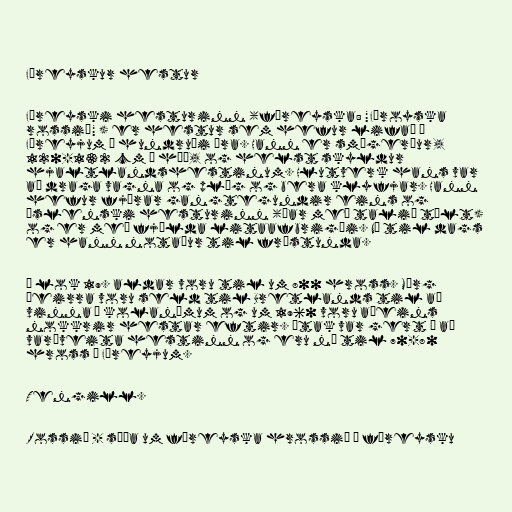
Færeyskur hestur

Færeyski hesturinn (færeyska: "Føroyska
rossið" ) er hestur sem hefur lifað í
Færeyjum í hundruði ára. Hann er smágerður,
120-132 cm á hæð, og helst skyldur
hjaltlandshestinum. Hlutverk hans var
að draga vagna og plóg og bera klyfjar. Hann
hefur fjórar gangtegundir eins og
íslenski hesturinn (þar með talið tölt)
og er með fjölda litaafbrigði. Nú til dags
er hann notaður til frístunda.

Í lok 19. aldar voru til um 800 hross. Mörg
þeirra voru seld til Bretlands til að
vinna í kolanámum og um 1960 voru aðeins
nokkrir hestar eftir. Átak var gert í að
varðveita hestinn og eru nú til 70-80
hross í Færeyjum.

Tengill.

Rossið - síða um færeyska hrossið á færeysku